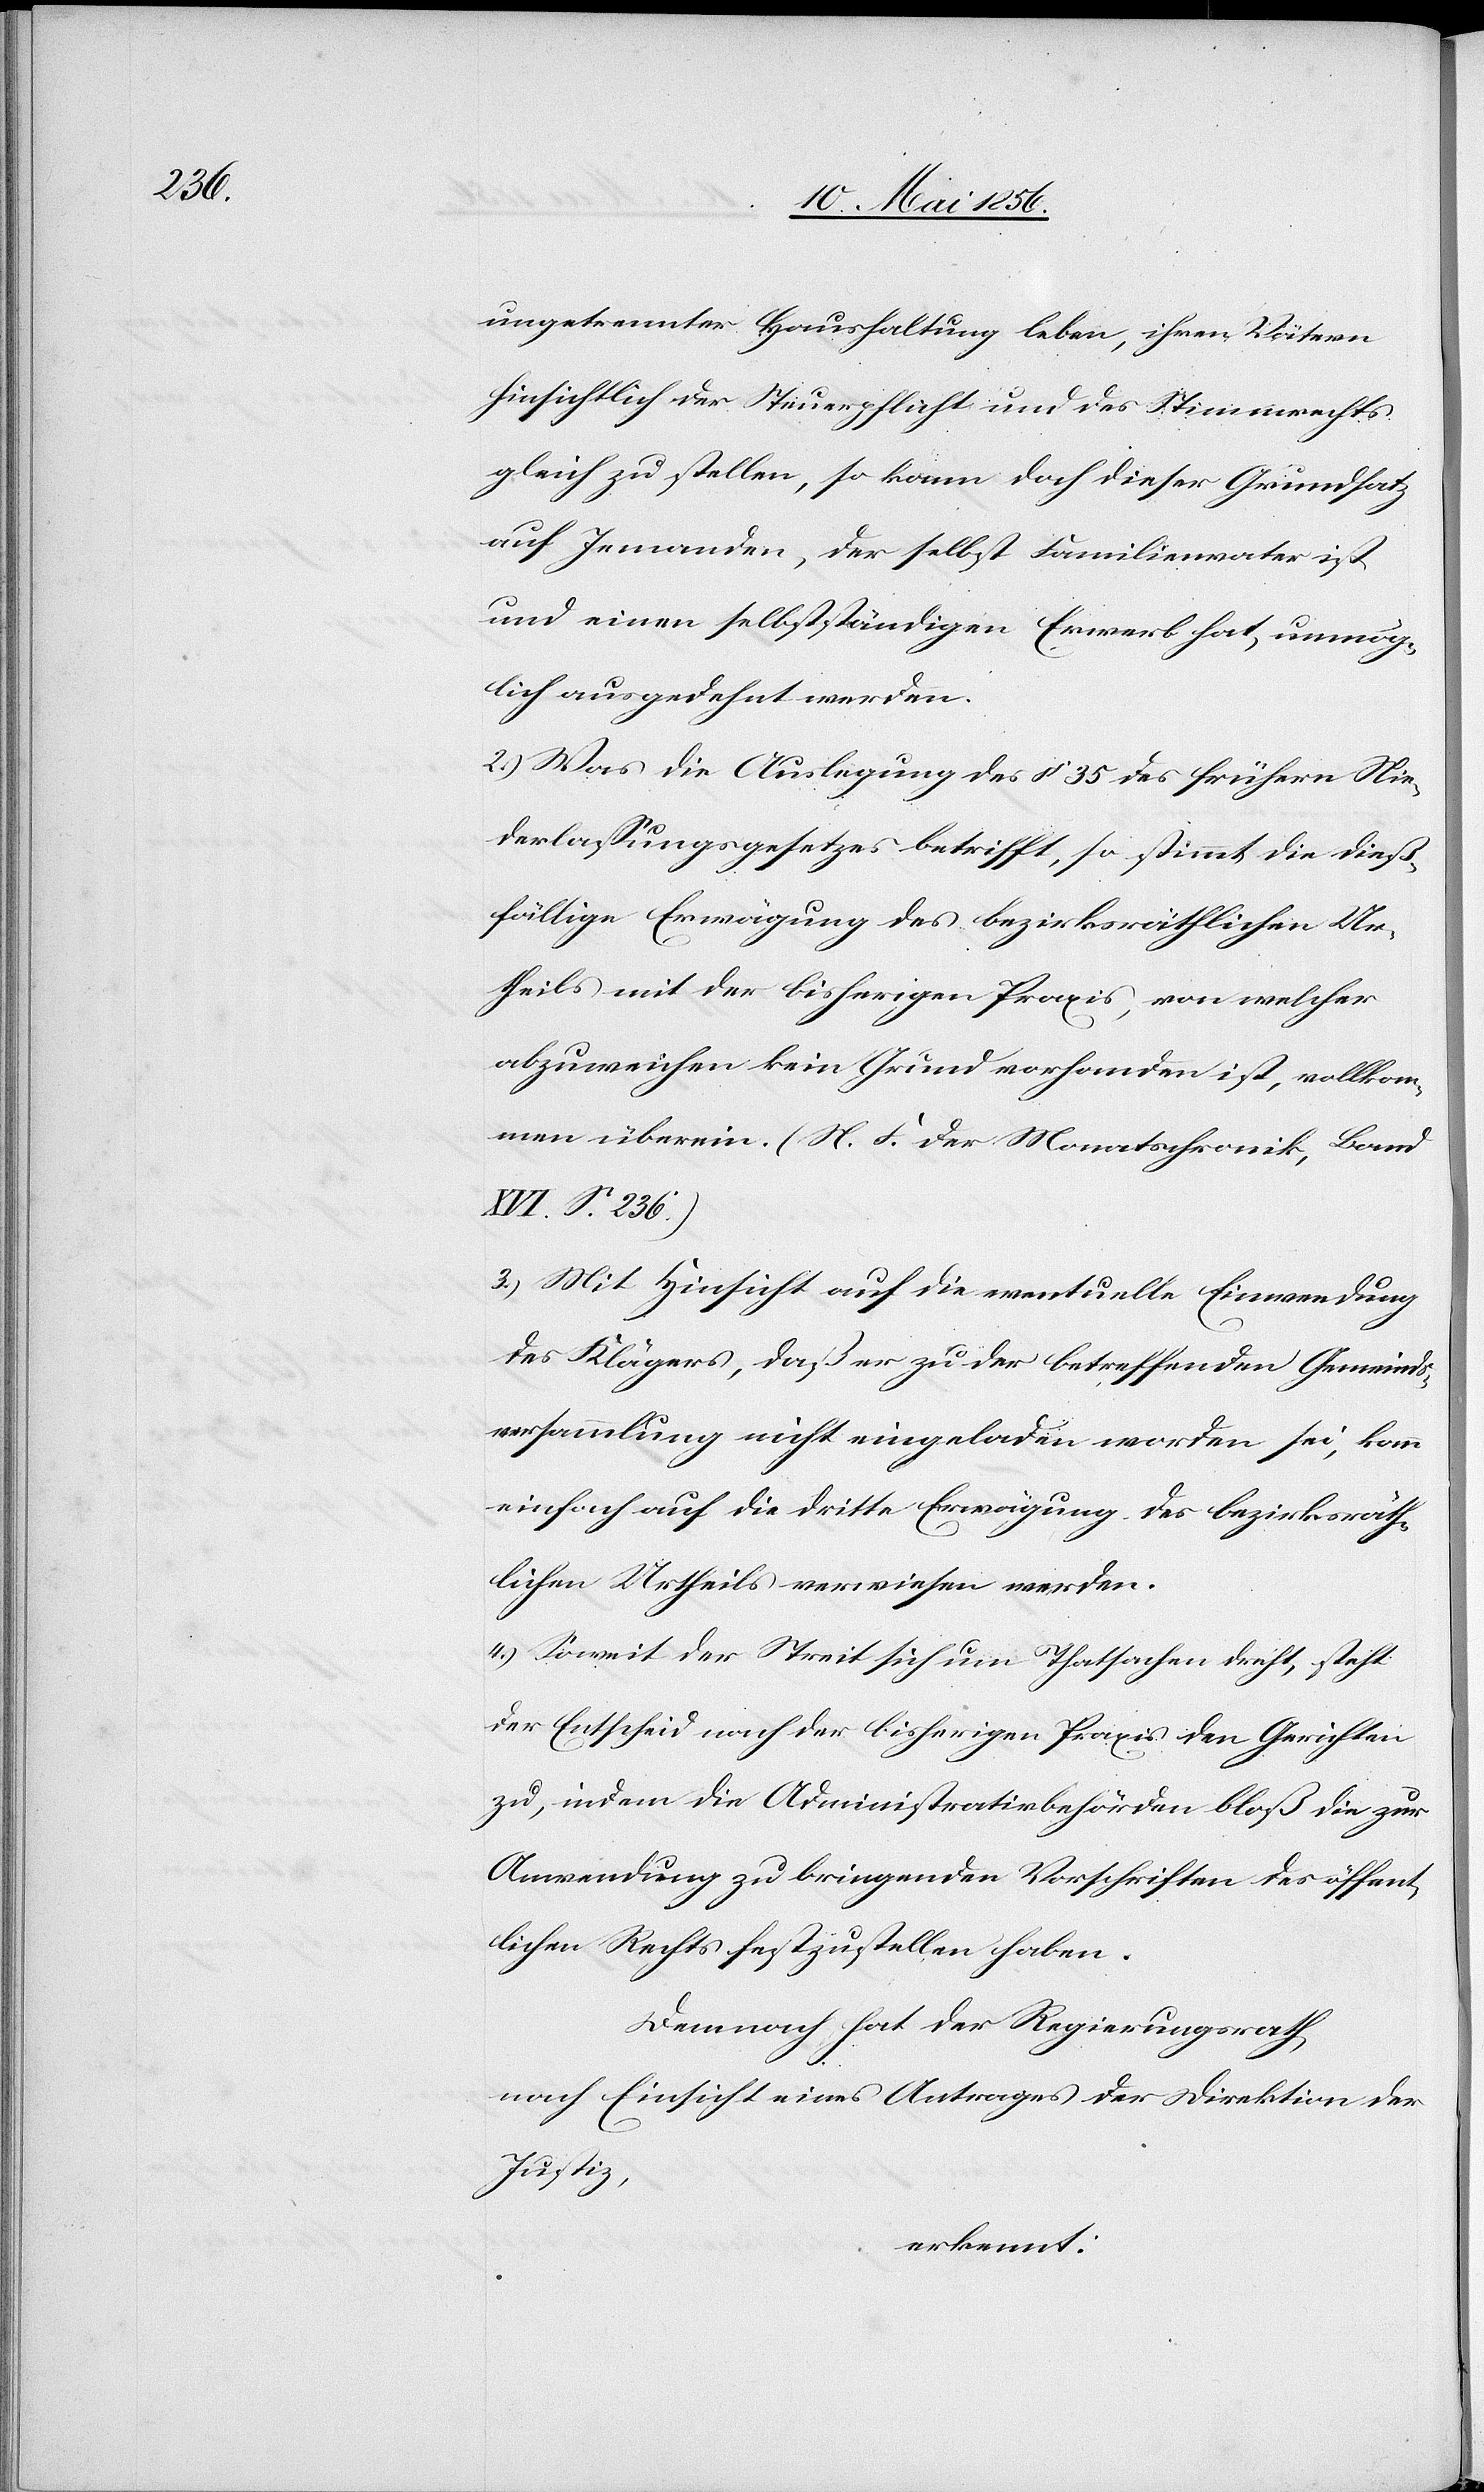
ungetrennter Haushaltung leben, ihren Vätern
hinsichtlich der Steuerpflicht und des Stimmrechts
gleich zu stellen, so kann doch dieser Grundsatz
auf Jemanden, der selbst Familienvater ist
und einen selbstständigen Erwerb hat, unmög¬
lich ausgedehnt werden.
2.) Was die Auslegung des § 35 des frühern Nie¬
derlassungsgesetzes betrifft, so stimmt die dieß¬
fällige Erwägung des bezirksräthlichen Ur¬
theils mit der bisherigen Praxis, von welcher
abzuweichen kein Grund vorhanden ist, vollkom¬
men überein. (N. F. der Monatschronik, Band
XVI. S. 236.)
3.) Mit Hinsicht auf die eventuelle Einwendung
des Klägers, daß er zu der betreffenden Gemeinds¬
versammlung nicht eingeladen worden sei, kann
einfach auf die dritte Erwägung des bezirksräth¬
lichen Urtheils verwiesen werden.
4.) Soweit der Streit sich um Thatsachen dreht, steht
der Entscheid nach der bisherigen Praxis den Gerichten
zu, indem die Administrativbehörden bloß die zur
Anwendung zu bringenden Vorschriften des öffent¬
lichen Rechts festzustellen haben.
Demnach hat der Regierungsrath,
nach Einsicht eines Antrages der Direktion der
Justiz,
erkennt: